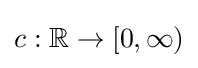
c:\mathbb {R} \to [0,\infty )